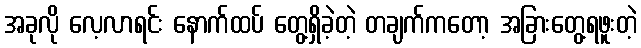
အခုလို လေ့လာရင်း နောက်ထပ် တွေ့ရှိခဲ့တဲ့ တချက်ကတော့ အခြားတွေ့ရဖူးတဲ့